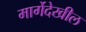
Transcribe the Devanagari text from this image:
मार्गेदेखील